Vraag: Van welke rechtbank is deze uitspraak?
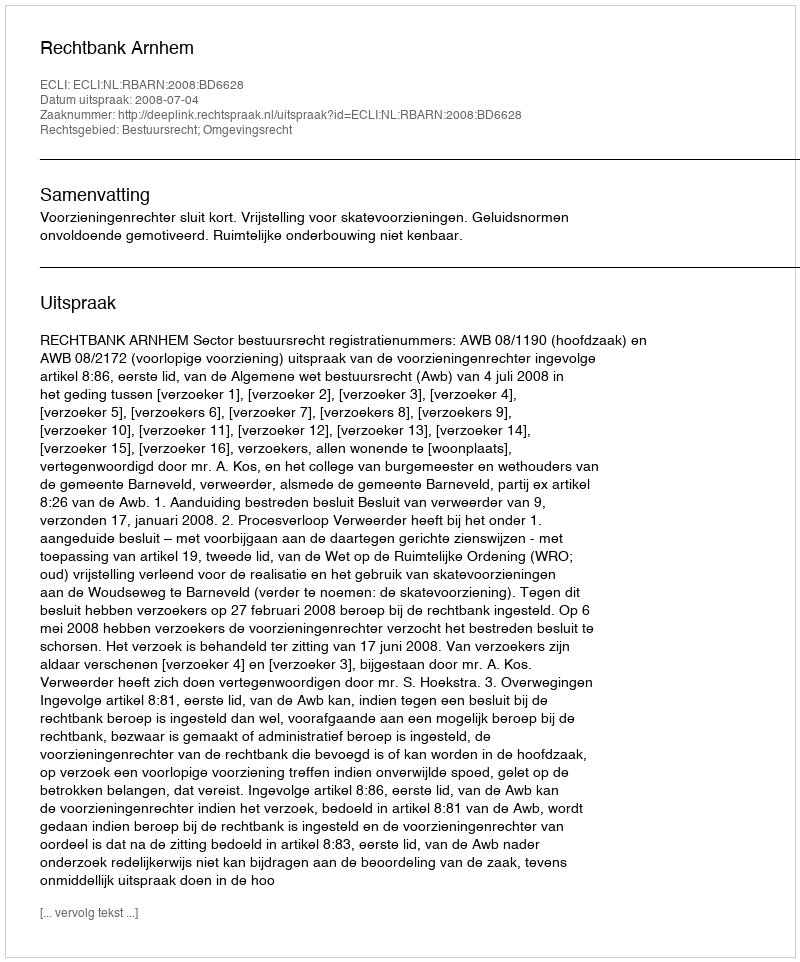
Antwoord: Rechtbank Arnhem